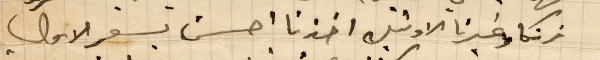
فرنكًا وغيرنا الاوتيل اخذنا احسن بسعر الأول